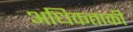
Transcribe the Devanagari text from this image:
अधिकताकी